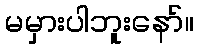
မမှားပါဘူးနော်။